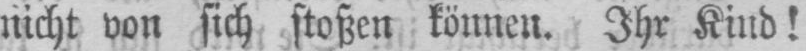
nicht von sich stoßen können. Ihr Kind!